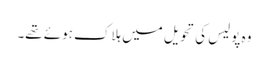
وہ پولیس کی تحویل میں ہلاک ہوئے تھے۔